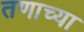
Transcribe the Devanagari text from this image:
तणाच्या